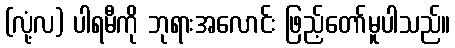
(လုံ့လ) ပါရမီကို ဘုရားအလောင်း ဖြည့်တော်မူပါသည်။